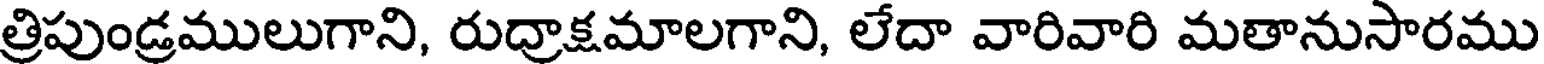
త్రిపుండ్రములుగాని, రుద్రాక్షమాలగాని, లేదా వారివారి మతానుసారము